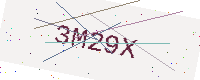
Text: 3M29X